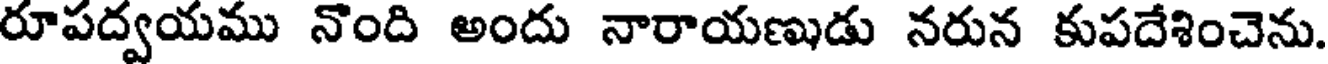
రూపద్వయము నొంది అందు నారాయణుడు నరున కుపదేశించెను.